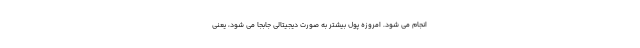
انجام می شود. امروزه پول بیشتر به صورت دیجیتالی جابجا می شود، یعنی